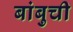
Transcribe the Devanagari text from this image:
बांबुची